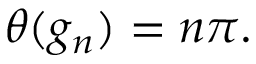
\theta ( g _ { n } ) = n \pi .